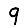
Digit: 9